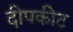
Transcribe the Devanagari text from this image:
दीपकीट